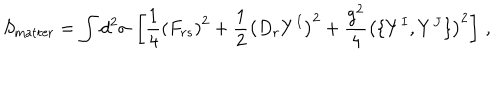
S _ { \mathrm { m a t t e r } } = \int d ^ { 2 } \sigma \, \left[ \frac { 1 } { 4 } \left( F _ { r s } \right) ^ { 2 } + \frac { 1 } { 2 } \left( D _ { r } Y ^ { I } \right) ^ { 2 } + \frac { g ^ { 2 } } { 4 } \left( \{ Y ^ { I } , Y ^ { J } \} \right) ^ { 2 } \right] \, ,